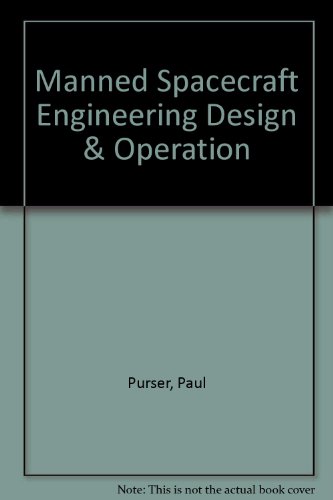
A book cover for Manned Spacecraft:  Engineering Design and Operation; Paul E. Et al Purser; Engineering & Transportation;